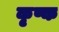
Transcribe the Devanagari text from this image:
कृष्क